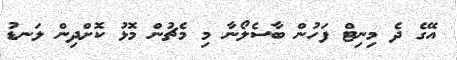
އޭގެ ދެ މިނިޓް ފަހުން ބާސެލޯނާ މި މެޗުން މޮޅު ކޮށްދިން ލަނޑު